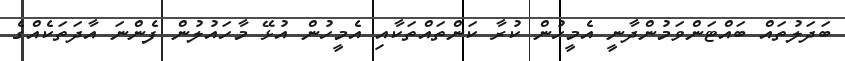
ބަދަލުތައް ބައްޓަންވަމުންދާނީ އެމީހުން ކުރާ ކަންތައްތަކާއި އެމީހުން އުޅޭ މާހައުލުން ފެންނަ އާދަތަކެއްގެ